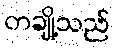
တချို့သည်